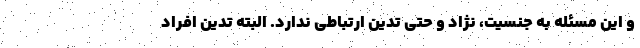
و این مسئله به جنسیت، نژاد و حتی تدین ارتباطی ندارد. البته تدین افراد